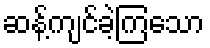
ဆန့်ကျင်ခဲ့ကြသော